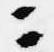
ニ